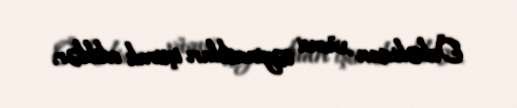
Özbəkistan xüsusi təyinatlıları iştirak ediblər.